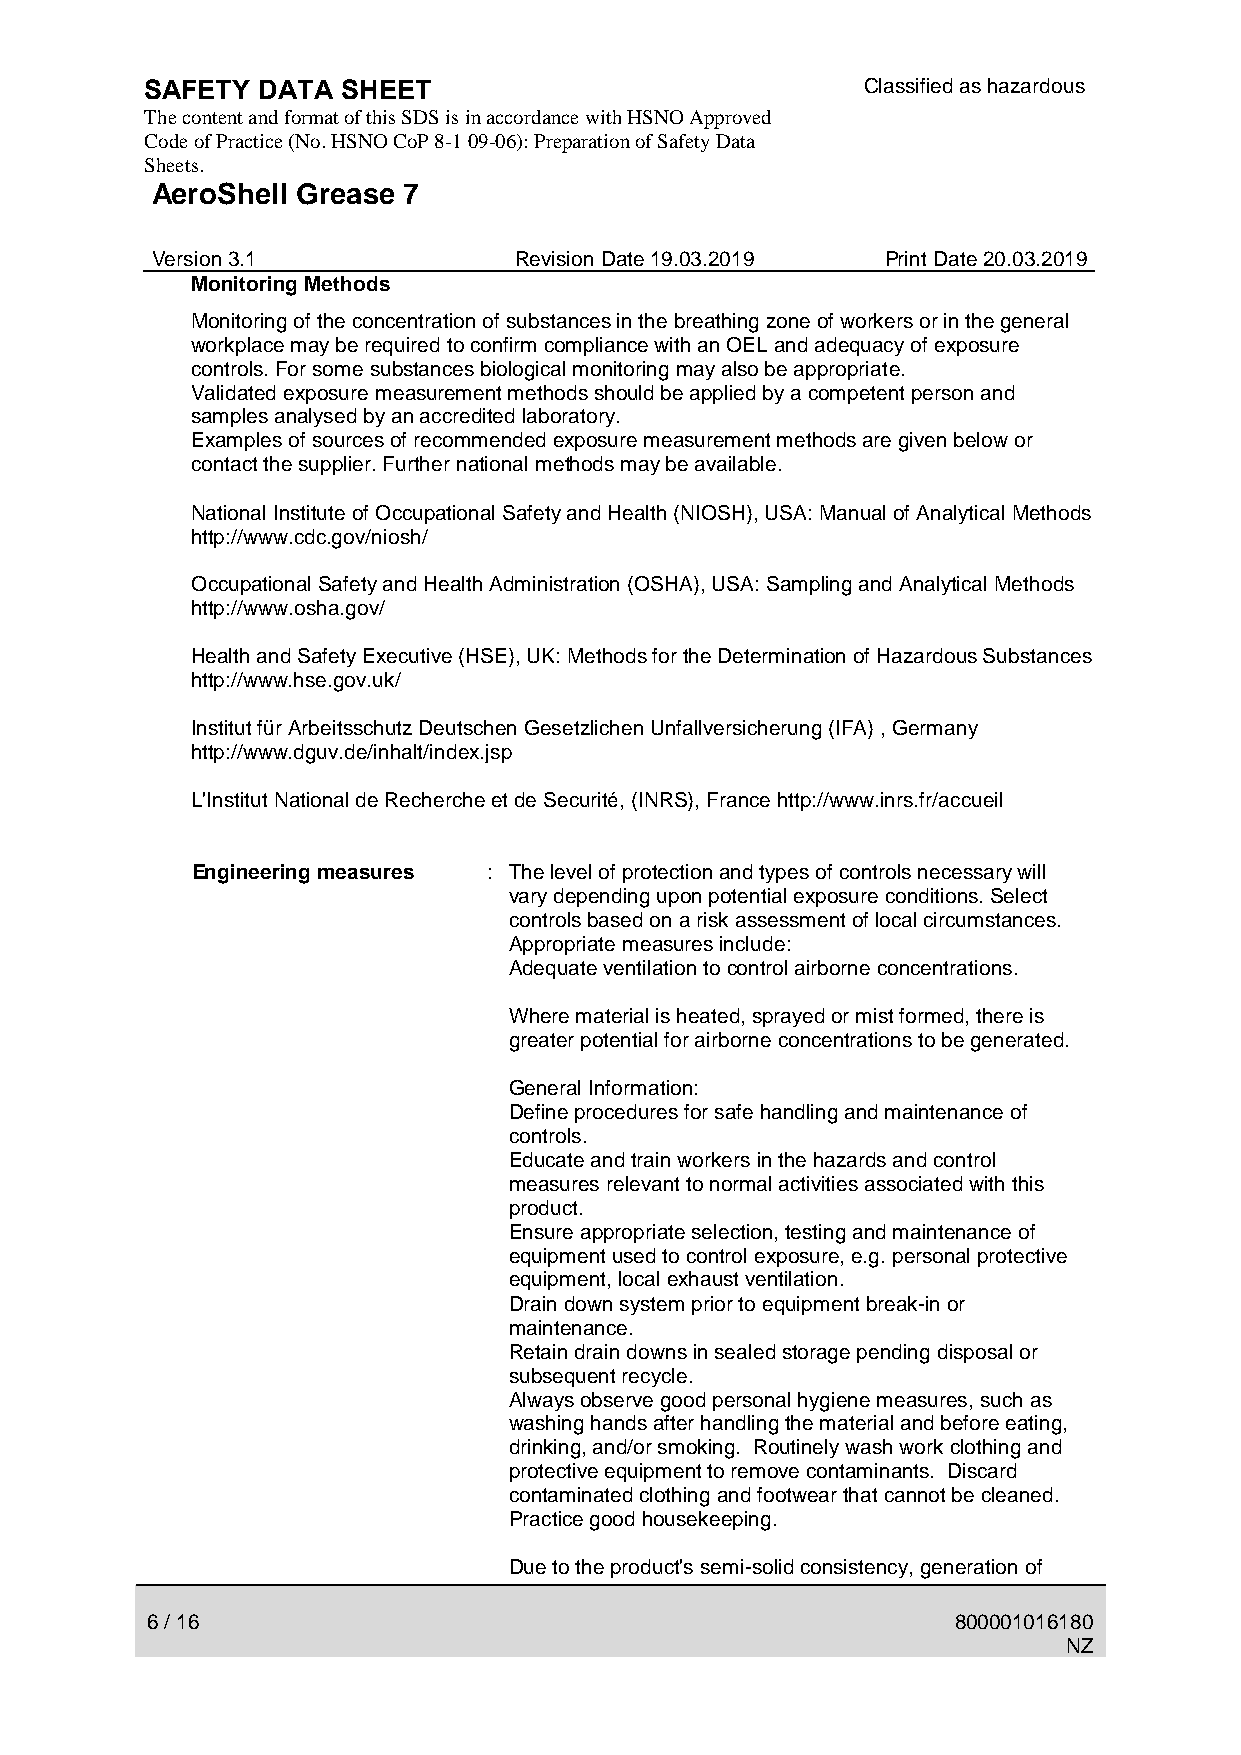
SAFETY DATA  SHEET                             Classified as hazardous
 The content and format of this SDS is in accordance with HSNO Approved
 Code of Practice (No. HSNO CoP 8-1 09-06): Preparation of Safety Data
 Sheets.
 AeroShell Grease 7
 Version 3.1             Revision Date 19.03.2019 Print Date 20.03.2019
 Monitoring Methods
 Monitoring of the concentration of substances in the breathing zone of workers or in the general
 workplace may be required to confirm compliance with an OEL and adequacy of exposure
 controls. For some substances biological monitoring may also be appropriate.
 Validated exposure measurement methods should be applied by a competent person and
 samples analysed by an accredited laboratory.
 Examples of sources of recommended exposure measurement methods are given below or
 contact the supplier. Further national methods may be available.
 National Institute of Occupational Safety and Health (NIOSH), USA: Manual of Analytical Methods
 http://www.cdc.gov/niosh/
 Occupational Safety and Health Administration (OSHA), USA: Sampling and Analytical Methods
 http://www.osha.gov/
 Health and Safety Executive (HSE), UK: Methods for the Determination of Hazardous Substances
 http://www.hse.gov.uk/
 Institut für Arbeitsschutz Deutschen Gesetzlichen Unfallversicherung (IFA) , Germany
 http://www.dguv.de/inhalt/index.jsp
 L'Institut National de Recherche et de Securité, (INRS), France http://www.inrs.fr/accueil
 Engineering measures : The level of protection and types of controls necessary will
 vary depending upon potential exposure conditions. Select
 controls based on a risk assessment of local circumstances.
 Appropriate measures include:
 Adequate ventilation to control airborne concentrations.
 Where material is heated, sprayed or mist formed, there is
 greater potential for airborne concentrations to be generated.
 General Information:
 Define procedures for safe handling and maintenance of
 controls.
 Educate and train workers in the hazards and control
 measures relevant to normal activities associated with this
 product.
 Ensure appropriate selection, testing and maintenance of
 equipment used to control exposure, e.g. personal protective
 equipment, local exhaust ventilation.
 Drain down system prior to equipment break-in or
 maintenance.
 Retain drain downs in sealed storage pending disposal or
 subsequent recycle.
 Always observe good personal hygiene measures, such as
 washing hands after handling the material and before eating,
 drinking, and/or smoking. Routinely wash work clothing and
 protective equipment to remove contaminants. Discard
 contaminated clothing and footwear that cannot be cleaned.
 Practice good housekeeping.
 Due to the product's semi-solid consistency, generation of
 6 / 16                                               800001016180
 NZ